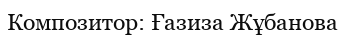
Композитор: Ғазиза Жұбанова